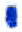
אות: י